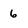
Character: 6